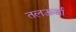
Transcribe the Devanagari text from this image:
तलऊर्जा